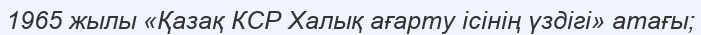
1965 жылы «Қазақ КСР Халық ағарту ісінің үздігі» атағы;